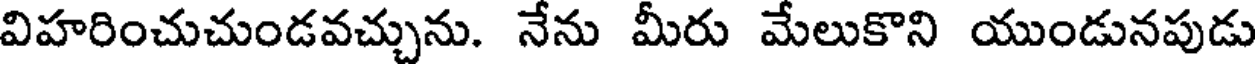
విహరించుచుండవచ్చును. నేను మీరు మేలుకొని యుండునపుడు